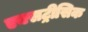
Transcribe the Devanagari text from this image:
एक्सट्रीसिक